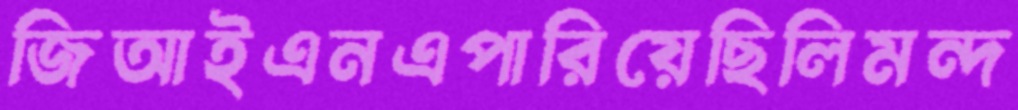
জিআইএনএপারিয়েছিলিমন্দ